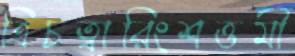
ত্রিচত্বারিংশত্তমী